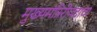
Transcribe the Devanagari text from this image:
मुख्यमंत्रिरीपदाचा